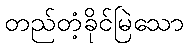
တည်တံ့ခိုင်မြဲသော